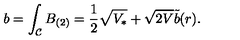
b = \int _ { \mathcal { C } } B _ { ( 2 ) } = \frac { 1 } { 2 } \sqrt { V _ { * } } + \sqrt { 2 V } \tilde { b } ( r ) .